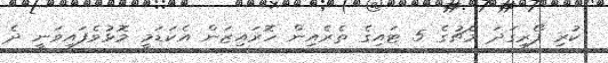
ކުރި ފޯރިގަދަ މެޗުގެ 5 ޓައިގެ ތެރެއިން ހޮރައިޒަން އެކަޑަމީ މޮޅުވެފައިވަނީ ދެ